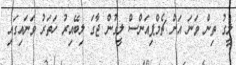
ލީގު ތިން ވަނަ އަށް ޗެމްޕިއަންސް ލީގުން ޖާގަ ލިބޭއިރު ހަތަރު ވަނައިގައި